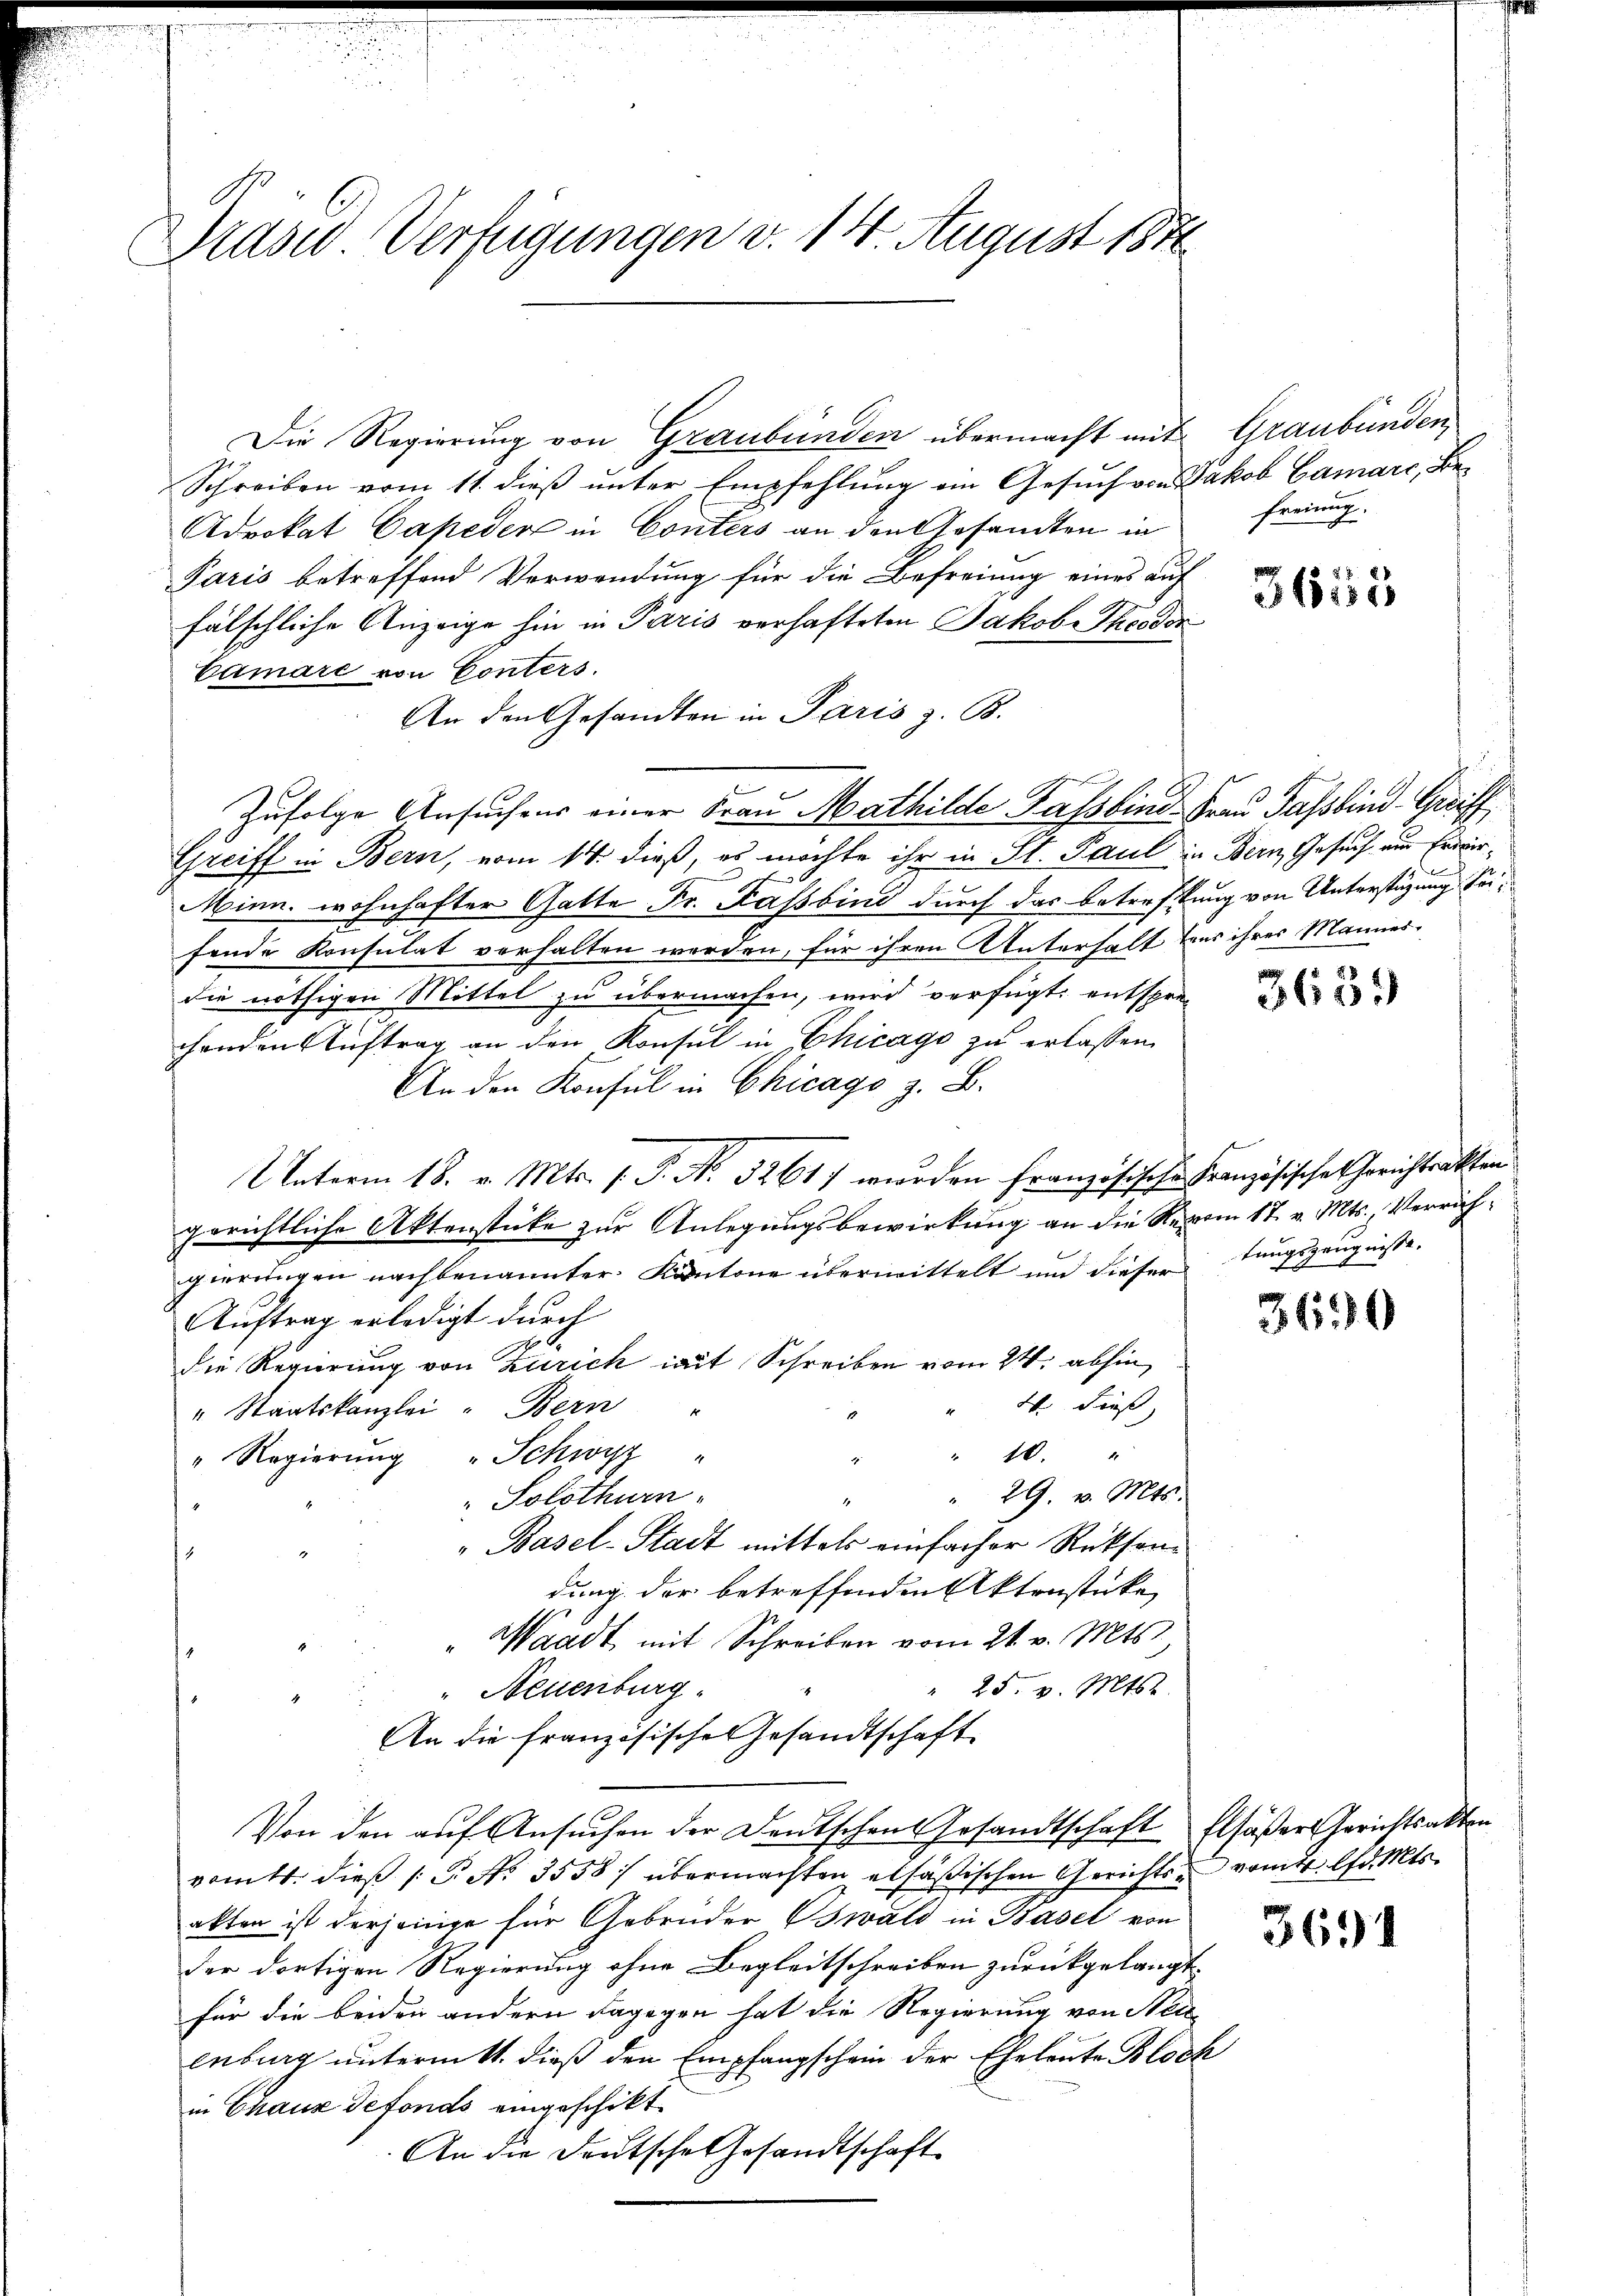
Paser Verfügungen v. 14 August 1876

Die Regierung von Graubünden übermacht mit Graubünden,
Schreiben vom 11. dieß unter Empfehlung ein Gesuch von Jakob Gamari, Be¬
Advokat Capeder in Conters an den Gesandten in
Paris betreffend Verwendung für die Befreiung eines auf
fälschliche Anzeige hin in Paris verhafteten Jakob Theodor
Camare von Conters.
An den Gesandten in Paris z. B.
Zufolge Ansuchens einer Frau Mathilde Fassbind. Frau Fassbend Greiff
Greiff in Bern, vom 14. dieß, es möchte ihr in St. Paul in Bern, Gesuch ein Erwir¬
Minn. wohnhafter Gatte Fr. Kassbind durch das Betreffung von Unterstüzung. Seifende Konsulat verhalten werden, für ihren Unterhalt beer ihres Mannesdie nöthigen Mittel zu übermachen, wird verfügt: entsprechenden Auftrag an den Konsul in Chicago zu erlassen.
An den Konsul in Chicago z. B.
Unterm 18. v. Mts. 1. P. N. 52617 wurden Französische Französische Gerichtrakten
gerichtliche Aktenstücke zur Anlegungsbewirkung an die Revom 17. v. Mts., Verrichgierŭngen nachbenannter Kantone übermittelt und dieser tungszeŭgnisse.
Auftrag erledigt durch
die Regierung von Zürich mit Schreiben vom 24. abhin,
" W. dieß,
" Staatskanzlei - Bern
" 10.
" Regierung "Schwyz "
" 29. v. Mts.
 Solothurn.
.
"Basel-Stadt mittels einfacher Rücksen
dung der betreffenden Aktenstücke
" Waadt, mit Schreiben vom 21. v. Mts.
" 25. v. Mts.
" Neuenburg
An die französische Gesandtschaft
Von den auf Ansuchen der Deutschen Ersandtschaft Elsäßer Gerichtsakten
vom 11. dieß P. Nr. 3558) übermachten elsäßischen Gerichts vom 4. lfd. Mts.
akten ist derjenige für Gebrüder Oswald in Basel von
der dortigen Regierung ohne Begleitschreiben zurückgelangt.
für die beiden andern dagegen hat die Regierung von Neuenburg untermitt. dieß den Empfangschein der Eheleute Block
in Chaux defonds eingeschikt
An die Deutsche Gesandtschaft

freiung.

3655

C

3639

3690

3691